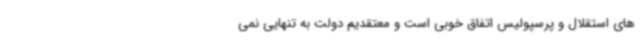
های استقلال و پرسپولیس اتفاق خوبی است و معتقدیم دولت به تنهایی نمی